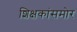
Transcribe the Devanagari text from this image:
शिक्षकांसमोर